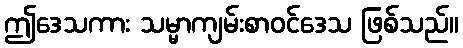
ဤဒေသကား သမ္မာကျမ်းစာဝင်ဒေသ ဖြစ်သည်။